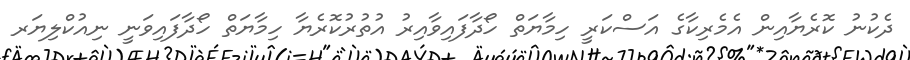
ދެކުނު ކޮރެޔާއިން އެމެރިކާގެ އަސްކަރީ ހިމާޔަތް ހޯދާފައިވާއިރު އުތުރުކޮރެޔާ ހިމާޔަތް ހޯދާފައިވަނީ ނިއުކްލިޔަރ